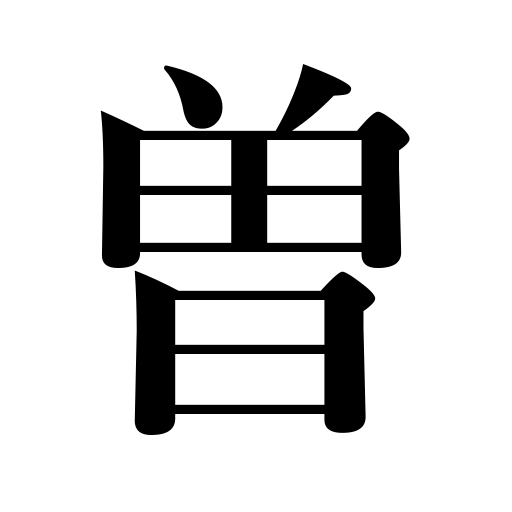
Meanings: formerly,former,once,before,ex,ever,neverneg.